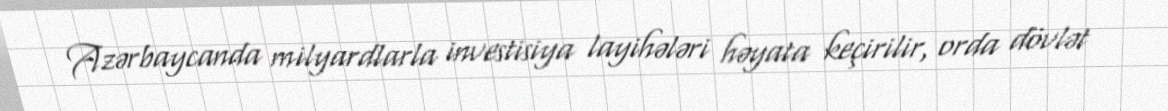
Azərbaycanda milyardlarla investisiya layihələri həyata keçirilir, orda dövlət